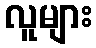
လူများ